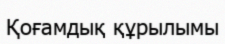
Қоғамдық құрылымы